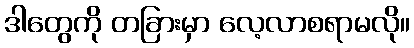
ဒါတွေကို တခြားမှာ လေ့လာစရာမလို။